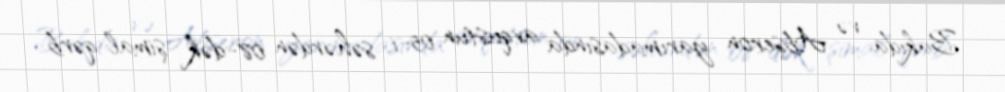
Bakıda və Abşeron yarımadasında avqustun 05-i səhərdən 08-dək şimal-qərb